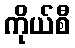
ကိုယ်စီ